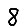
Digit: 8